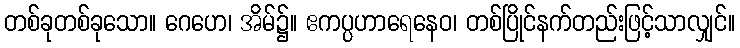
တစ်ခုတစ်ခုသော။ ဂေဟေ၊ အိမ်၌။ ဧကပ္ပဟာရေနေဝ၊ တစ်ပြိုင်နက်တည်းဖြင့်သာလျှင်။